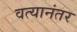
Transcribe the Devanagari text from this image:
वत्यानंतर